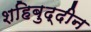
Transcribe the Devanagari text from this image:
शहिबुद्दीन